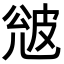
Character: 𭽦